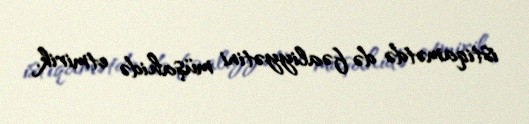
istiqamətdə də fəaliyyətini müşahidə etmirik.